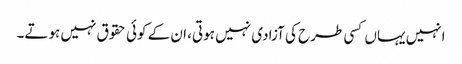
انہیں یہاں کسی طرح کی آزادی نہیں ہوتی، ان کے کوئی حقوق نہیں ہوتے۔